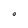
Character: O